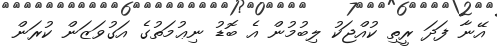
އޭނާ ފަދަ ރީތި ކުއްޖަކު ލިބުމުން އެ ބޮޑު ނިޢުމަތުގެ އަގުވަޒަން ކުރަން